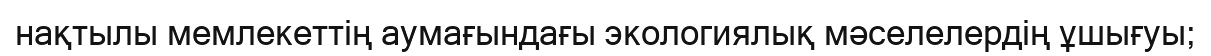
нақтылы мемлекеттің аумағындағы экологиялық мәселелердің ұшығуы;